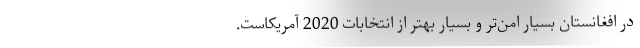
در افغانستان بسیار امن‌تر و بسیار بهتر از انتخابات 2020 آمریکاست.